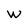
Character: W